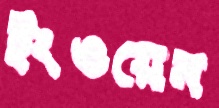
ইংওয়েন